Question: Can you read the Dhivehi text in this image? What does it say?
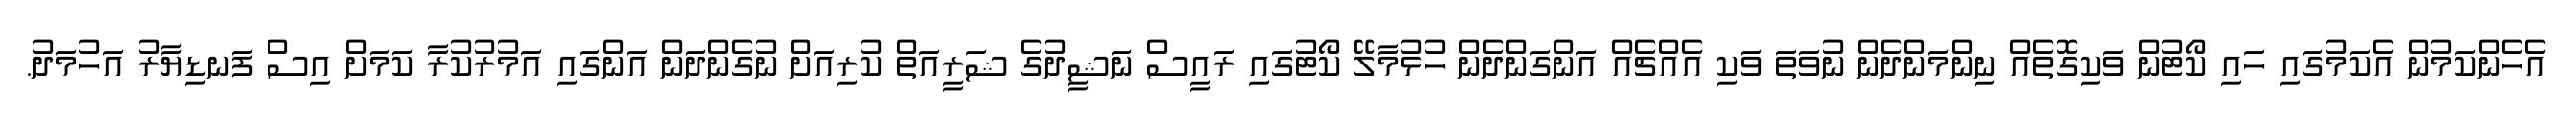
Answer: އެހެންކަމުން އެކަމުގައި ހައި ކޯޓުން ވަކިގޮތެއް ނިންމަންދެން ނުވަތަ ވަކި އެއްޗެއް އަންގަންދެން ހުޅުމާލޭ ކޯޓުގައި ރައީސް ނަޝީދުގެ ޝަރީއަތް ކުރިއަށް ނުގެންދަން އަންގައި އަމުރުކުރާ ކަމަށް އިސް ފަނޑިޔާރު އަހުމަދު.